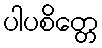
ပါပစိတ္တေ